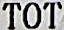
TOTAL